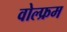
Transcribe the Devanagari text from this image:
वोल्फ्रम